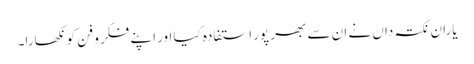
یاران نکتہ داں نے ان سے بھر پور استفادہ کیا اور اپنے فکر و فن کو نکھارا۔